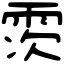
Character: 䨏